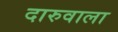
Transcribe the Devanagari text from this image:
दारुवाला